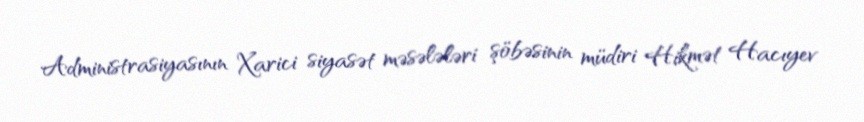
Administrasiyasının Xarici siyasət məsələləri şöbəsinin müdiri Hikmət Hacıyev